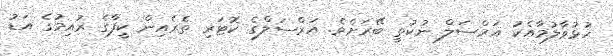
ހުޅުވާލުމާއެކު އަރްސަލް ނުކުތީ ބޭރަށެވެ. އަރްސަލްގެ ކޮޓަރި ތެރެއިން ކީފާގެ ރުއިމުގެ އަޑު